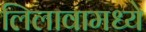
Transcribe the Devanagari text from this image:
लिलावामध्ये